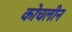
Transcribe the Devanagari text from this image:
कोचलीन